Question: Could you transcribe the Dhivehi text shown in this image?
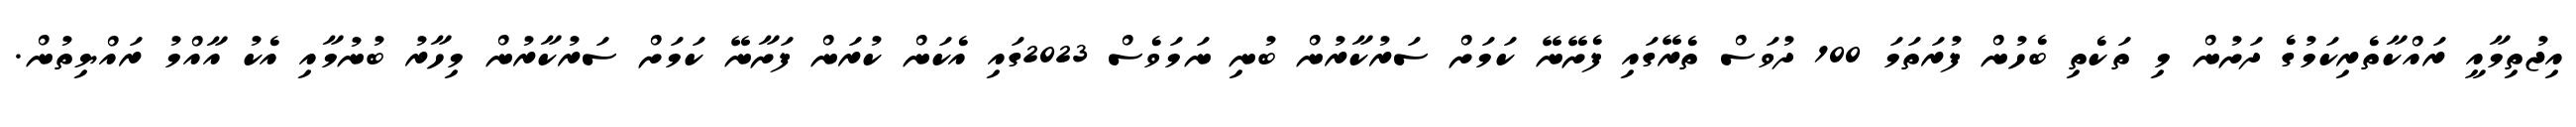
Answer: އިޖުތިމާއީ ރައްކާތެރިކަމުގެ ދަށުން މި ތަކެތި ބެހުން ފުރަތަމަ 100 ދުވަސް ތެރޭގައި ފެށޭނޭ ކަމަށް ސަރުކާރުން ބުނި ނަމަވެސް 2023ގައި އެކަން ކުރަން ފަށާނޭ ކަމަށް ސަރުކާރުން މިހާރު ބުނުމާއި އެކު އާއްމު ރައްޔިތުން.